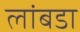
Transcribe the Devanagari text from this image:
लांबडा